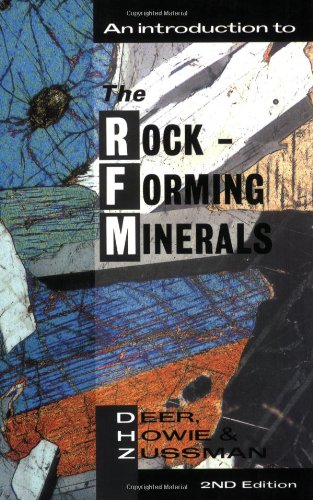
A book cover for An Introduction to the Rock-Forming Minerals (2nd Edition); W.A. Deer; Science & Math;